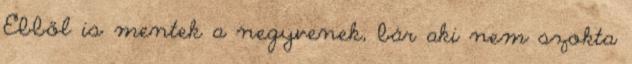
Ebből is mentek a negyvenek, bár aki nem szokta